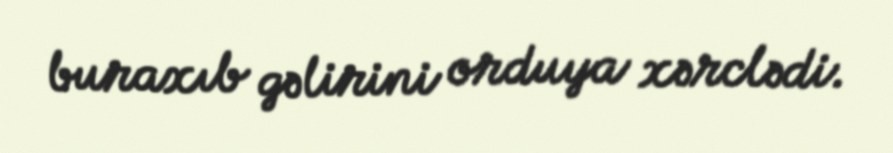
buraxıb gəlirini orduya xərclədi.